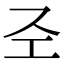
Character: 𢀖